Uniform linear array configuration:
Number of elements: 32
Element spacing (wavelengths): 0.25
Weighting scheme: binomial
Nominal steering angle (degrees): -60
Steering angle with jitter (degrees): -58.345
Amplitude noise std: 0.05
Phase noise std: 0.05

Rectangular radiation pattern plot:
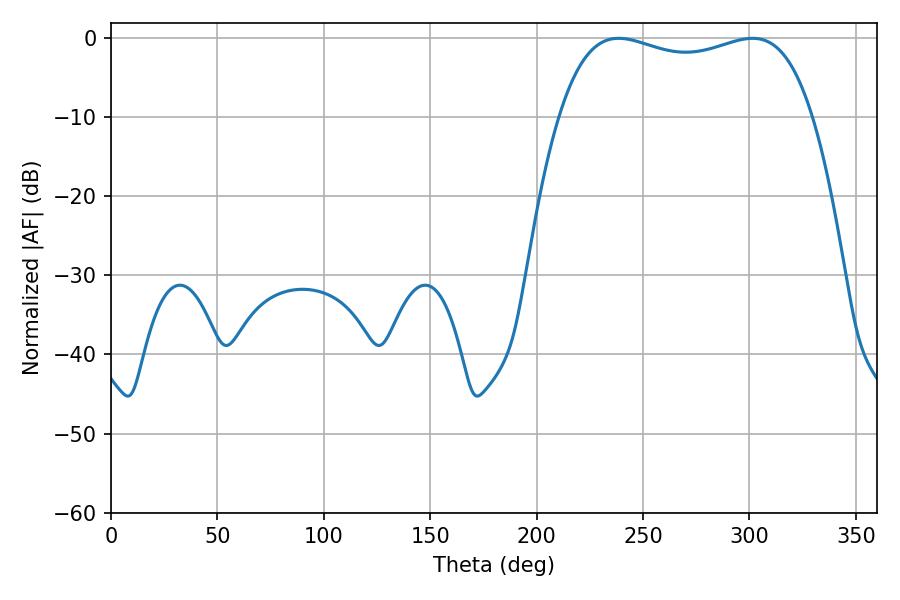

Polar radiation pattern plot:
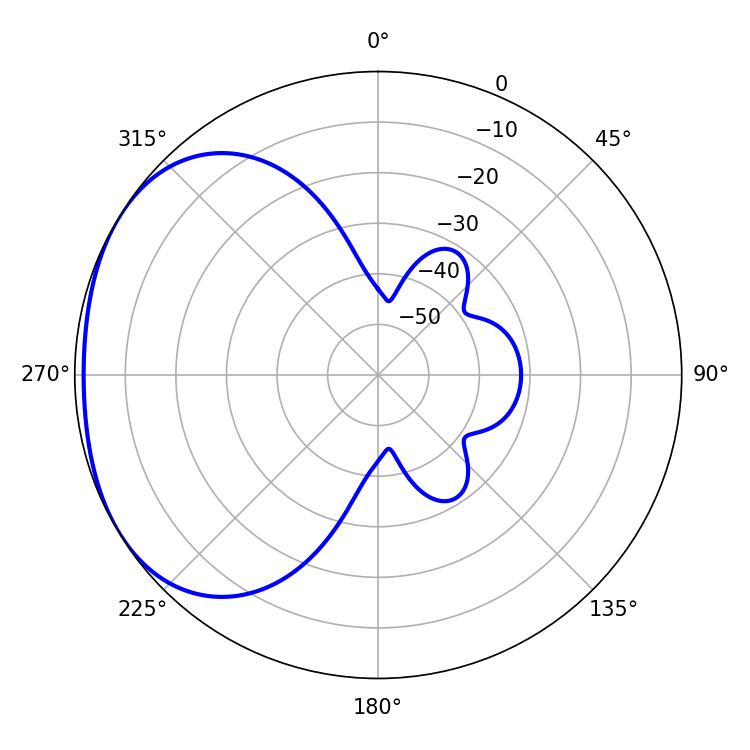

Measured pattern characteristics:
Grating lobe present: FALSE
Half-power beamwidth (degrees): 96.84
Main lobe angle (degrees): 238.5